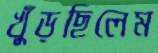
খুঁড়ছিলেম